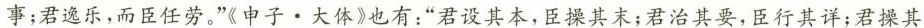
事；君逸乐，而臣任劳。”《申子 · 大体》也有：”君设其本，臣操其末；君治其要，臣行其详；君操其